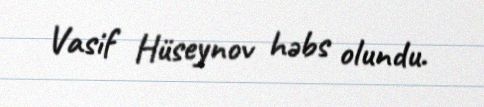
Vasif Hüseynov həbs olundu.